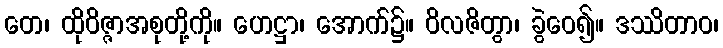
တေ၊ ထိုဝိဇ္ဇာအစုတို့ကို။ ဟေဋ္ဌာ၊ အောက်၌။ ဝိလဇိတွာ၊ ခွဲဝေ၍။ ဒဿိတာဝ၊